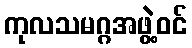
ကုလသမဂ္ဂအဖွဲ့ဝင်